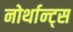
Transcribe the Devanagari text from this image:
नोर्थान्ट्स